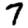
Digit: 7